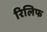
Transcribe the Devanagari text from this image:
रिलिफ